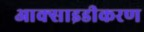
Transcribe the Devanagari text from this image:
आक्साइडीकरण